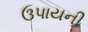
ઉપાયની